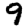
Digit: 9